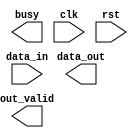
`timescale 1ns/10ps

module Mask(
		data_out,
		out_valid,
		busy,
		data_in,
		clk,
		rst
        );
output [7:0] data_out;
output out_valid;
output busy;
input [7:0] data_in;
input clk;
input rst;

/*---------------------------------------
              Your Code
---------------------------------------*/

endmodule